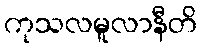
ကုသလမူလာနီတိ